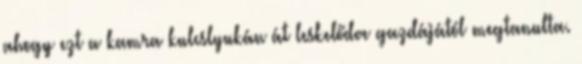
ahogy ezt a kamra kulcslyukán át leskelődve gazdájától megtanulta.